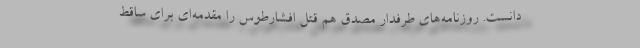
دانست. روزنامه‌های طرفدار مصدق هم قتل افشارطوس را مقدمه‌ای برای ساقط